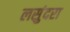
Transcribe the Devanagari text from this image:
लसुंदरा